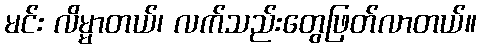
မင်း လိမ္မာတယ်၊ လက်သည်းတွေဖြတ်လာတယ်။